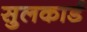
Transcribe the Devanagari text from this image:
सुलकार्ड